Report on enteric fever
Disease focus: Fever
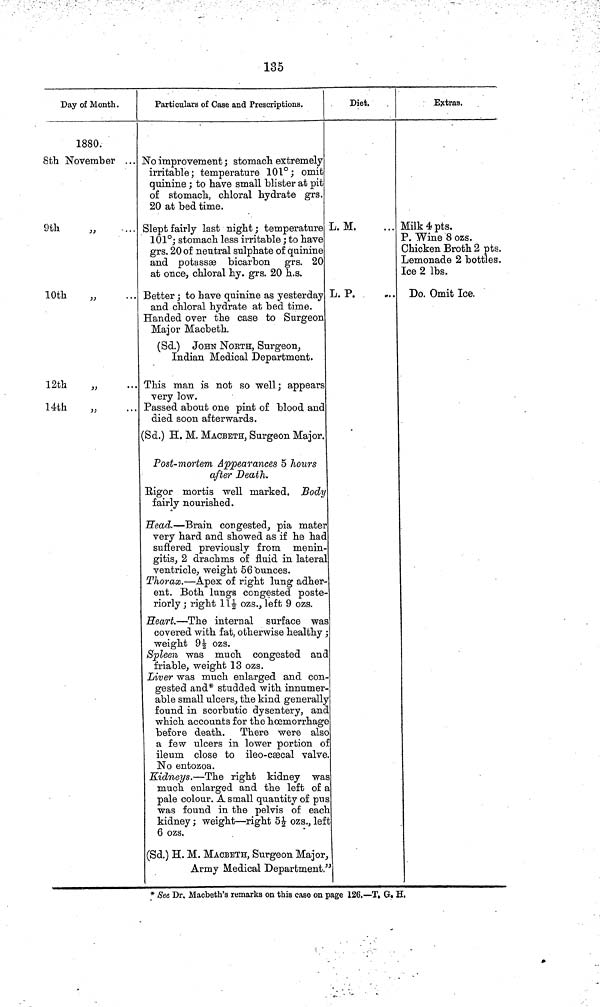
135
Day of Month.
1880.
8th November ...
9th
„
10th
„
12th
„
14th
Particulars of Case and Prescriptions.
No improvement ; stomach extremely
irritable; temperature 101°; omit
quinine ; to have small blister at pit
of stomach, chloral hydrate grs.
20 at bed time.
Slept fairly last night ; temperature
101°; stomach less irritable ; to have
grs. 20 of neutral sulphate of quinine
and potassæ bicarbon grs. 20
at once, chloral hy. grs. 20 h.s.
Better ; to have quinine as yesterday
and chloral hydrate at bed time.
Handed over the case to Surgeon
Major Macbeth.
(Sd.)
JOHN NORTH, Surgeon,
Indian Medical Department.
This man is not so well; appears
very low.
Passed about one pint of blood and
died soon afterwards.
(Sd.) H. M. MACBETH, Surgeon Major.
Post-mortem Appearances 5 hours
after Death.
Rigor mortis well marked. Body
fairly nourished.
Head. —Brain congested, pia mater
very hard and showed as if he had
suffered previously from menin-
gitis, 2 drachms of fluid in lateral
ventricle, weight 56 òunces.
Thorax. —Apex of right lung adher-
ent. Both lungs congested poste-
riorly ; right 11½ ozs., left 9 ozs.
Heart.—The internal surface was
covered with fat, otherwise healthy
weight 9½ ozs.
Spleen was much congested and
friable, weight 13 ozs.
Liver was much enlarged and con
gested and* studded with innumer
able small ulcers, the kind generally
found in scorbutic dysentery, and
which accounts for the hœmorrhage
before death. There were also
a few ulcers in lower portion of
ileum close to ileo-cæcal valve
No entozoa.
Kidneys.—The right kidney was
much enlarged and the left of a
pale colour. A small quantity of pus
was found in the pelvis of each
kidney ; weight—right 5½ ozs., left
6 ozs.
(Sd.) H. M. MACBETH, Surgeon Major,
Army Medical Department."
Diet.
L. M.
L. P.
Extras.
Milk 4 pts.
P. Wine 8 ozs.
Chicken Broth 2 pts.
Lemonade 2 bottles.
Ice 2 lbs.
Do. Omit Ice.
* See Dr. Macbeth's remarks on this case on page 126.—T. G. H.